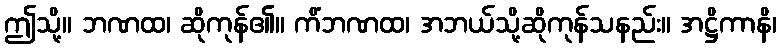
ဤသို့။ ဘဏထ၊ ဆိုကုန်၏။ ကိံဘဏထ၊ အဘယ်သို့ဆိုကုန်သနည်း။ အဋ္ဌိကာနိ၊